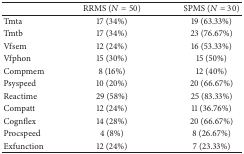
<table><thead><tr><td><b> </b></td><td><b>RRMS (<i>N</i> = 50)</b></td><td><b>SPMS (<i>N</i> = 30)</b></td></tr></thead><tbody><tr><td>Tmta</td><td>17 (34%)</td><td>19 (63.33%)</td></tr><tr><td>Tmtb</td><td>17 (34%)</td><td>23 (76.67%)</td></tr><tr><td>Vfsem</td><td>12 (24%)</td><td>16 (53.33%)</td></tr><tr><td>Vfphon</td><td>15 (30%)</td><td>15 (50%) </td></tr><tr><td>Compmem</td><td>8 (16%)</td><td>12 (40%)</td></tr><tr><td>Psyspeed</td><td>10 (20%)</td><td>20 (66.67%)</td></tr><tr><td>Reactime</td><td>29 (58%)</td><td>25 (83.33%) </td></tr><tr><td>Compatt</td><td>12 (24%)</td><td>11 (36.76%)</td></tr><tr><td>Cognflex</td><td>14 (28%)</td><td>20 (66.67%) </td></tr><tr><td>Procspeed</td><td>4 (8%)</td><td>8 (26.67%) </td></tr><tr><td>Exfunction</td><td>12 (24%)</td><td>7 (23.33%)</td></tr></tbody></table>